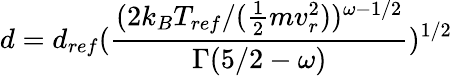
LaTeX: d=d_{ref}(\frac{(2k_{B}T_{ref}/(\frac{1}{2}mv_{r}^{2}))^{\omega-1/2}}{\Gamma(5/2-\omega)})^{1/2}